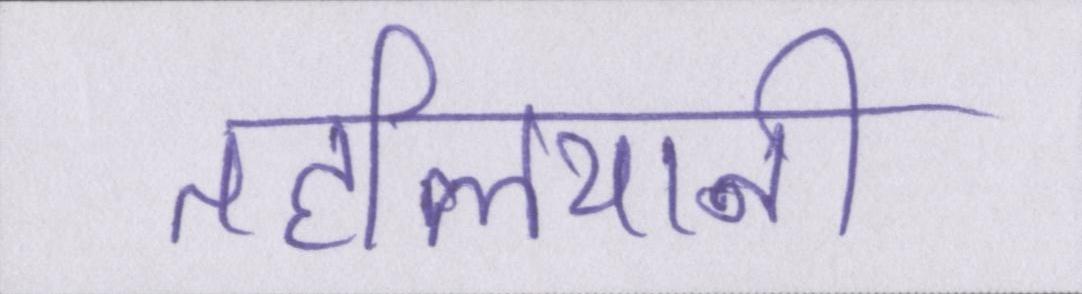
तहलियानी